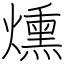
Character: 燻